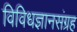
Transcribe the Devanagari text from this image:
विविधज्ञानसंग्रह